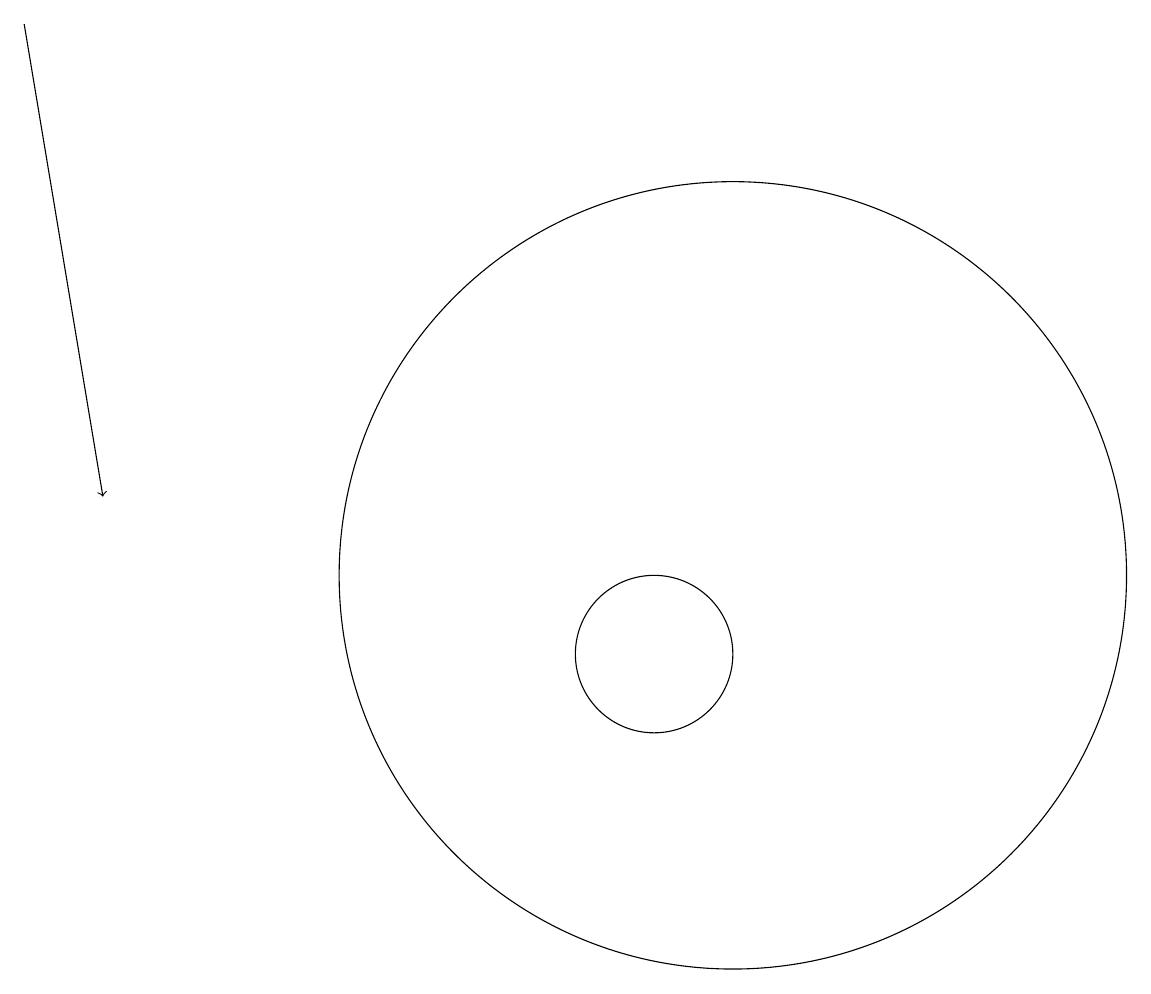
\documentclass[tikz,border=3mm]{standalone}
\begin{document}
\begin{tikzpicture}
\draw[->] (3,19) -- (4,13);
\draw (11,11) circle (1);
\draw (12,12) circle (5);
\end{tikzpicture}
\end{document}